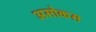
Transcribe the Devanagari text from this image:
असोकस